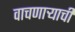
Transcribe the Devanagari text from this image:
वाचणाऱ्याची